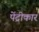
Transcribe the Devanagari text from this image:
पेंट्रीकार